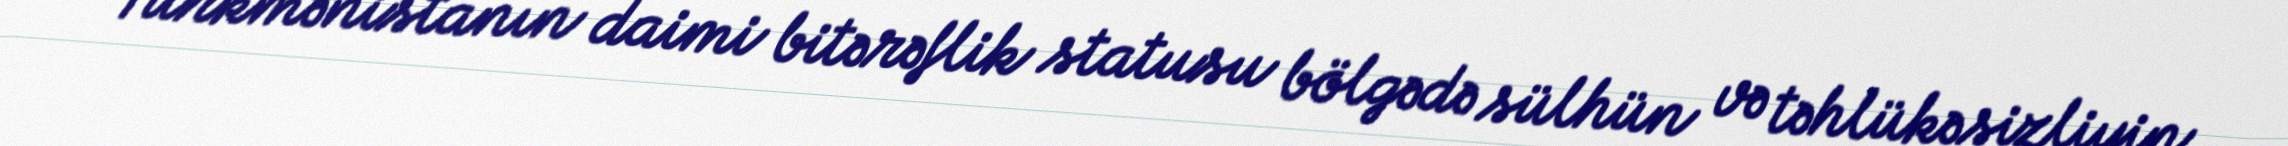
"Türkmənistanın daimi bitərəflik statusu bölgədə sülhün və təhlükəsizliyin